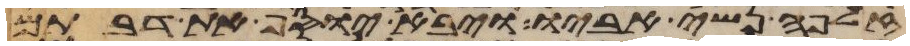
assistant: זלפה נשי אביו ויבא יוסף את דבתם